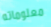
معلوماته